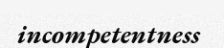
incompetentness